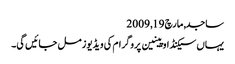
ساجد, ‏مارچ 19, 2009
یہاں سیکنڈ اوپینین پروگرام کی ویڈیوز مل جائیں گی۔